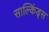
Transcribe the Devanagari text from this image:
साल्किंड्स